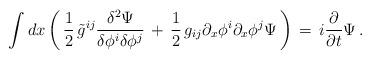
LaTeX: \begin{align*}\int dx \left(\, {1\over 2}\, \tilde{g}^{ij}{\delta^2 \Psi \over \delta \phi^i \delta \phi^j}\, +\, {1\over 2}\, g_{ij}\partial_x \phi^i \partial_x \phi^j\Psi \, \right)\, =\,i {\partial \over \partial t} \Psi\, .\end{align*}